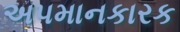
અપમાનકારક